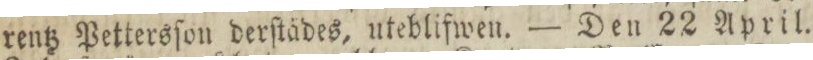
rentz Pettersſon derſtädes, uteblifwen. — Den 22 April.